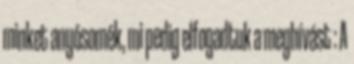
minket anyósomék, mi pedig elfogadtuk a meghívást : A